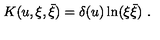
K ( u , \xi , \bar { \xi } ) = \delta ( u ) \ln ( \xi \bar { \xi } ) \ .